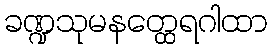
ခဏ္ဍသုမနတ္ထေရဂါထာ